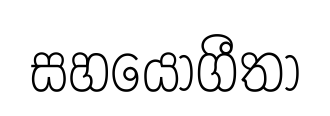
සහයෝගීතා